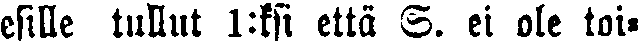
esille tullut 1:ksi että S. ei ole toi-